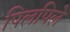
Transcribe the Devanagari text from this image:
पिलपिले